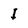
Character: I